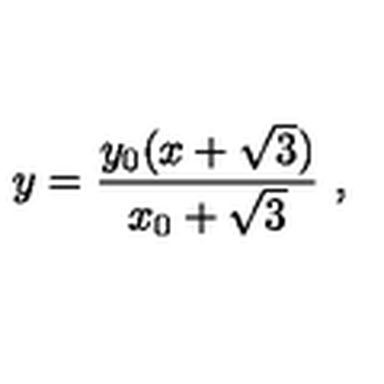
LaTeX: y = \frac { y _ { 0 } ( x + \sqrt { 3 } ) } { x _ { 0 } + \sqrt { 3 } } \ ,